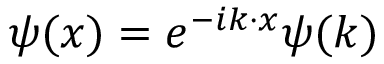
\psi ( x ) = e ^ { - i k \cdot x } \psi ( k )